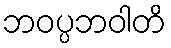
ဘဝပ္ပဘဝါတိ